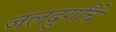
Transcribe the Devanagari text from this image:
जलदुर्गांचे